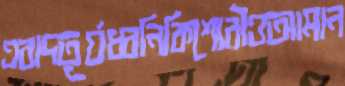
এবাদতূর্যধ্বনিকিশোরীওআমান